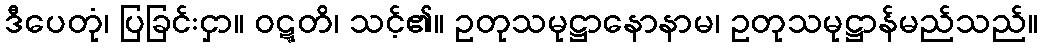
ဒီပေတုံ၊ ပြခြင်းငှာ။ ဝဋ္ဋတိ၊ သင့်၏။ ဥတုသမုဋ္ဌာနောနာမ၊ ဥတုသမုဋ္ဌာန်မည်သည်။